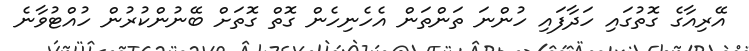
އޭރިއާގެ ގޮތުގައި ހަދާފައި ހުންނަ ތަންތަން އެހެނިހެން ގޮތް ގޮތަށް ބޭނުންކުރުން ހުއްޓުވާނެ